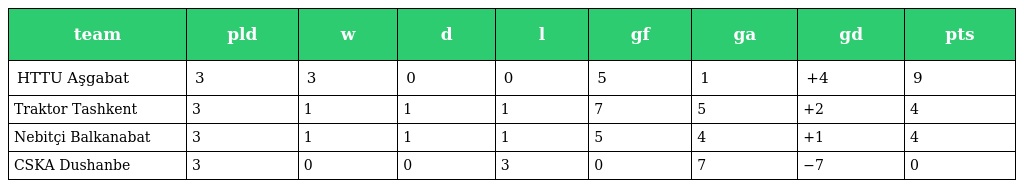
| team | pld | w | d | l | gf | ga | gd | pts |
 | --- | --- | --- | --- | --- | --- | --- | --- | --- |
 | HTTU Aşgabat | 3 | 3 | 0 | 0 | 5 | 1 | +4 | 9 |
 | Traktor Tashkent | 3 | 1 | 1 | 1 | 7 | 5 | +2 | 4 |
 | Nebitçi Balkanabat | 3 | 1 | 1 | 1 | 5 | 4 | +1 | 4 |
 | CSKA Dushanbe | 3 | 0 | 0 | 3 | 0 | 7 | −7 | 0 |